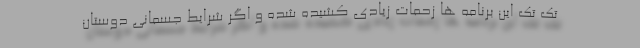
تک تک این برنامه ها زحمات زیادی کشیده شده و اگر شرایط جسمانی دوستان